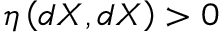
\eta \left( d X , d X \right) > 0